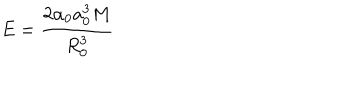
E = \frac { 2 \alpha _ { 0 } a _ { 0 } ^ { 3 } M } { R _ { 0 } ^ { 3 } }